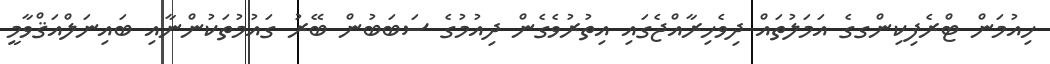
ހިއުމަން ޓްރެފިކިންގގެ އަމަލުތައް ދިވެހިރާއްޖެގައި އިތުރުވެގެން ދިއުމުގެ ސަބަބުން ބޭރު ގައުމުތަކުންނާއި ބައިނަލްއަޤްވާމީ